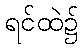
ရင်ထဲ၌